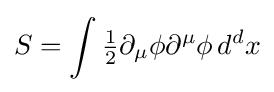
S=\int {\tfrac {1}{2}}\partial _{\mu }\phi \partial ^{\mu }\phi \,d^{d}x